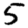
Digit: 5